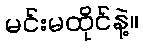
မင်းမထိုင်နဲ့။